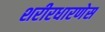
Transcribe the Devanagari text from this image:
शरीरधारणेस